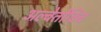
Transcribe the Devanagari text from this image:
अल्बेर्तोविच